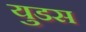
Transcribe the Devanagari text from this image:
युडस